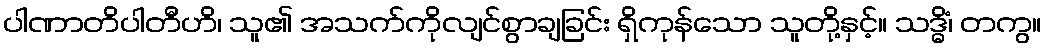
ပါဏာတိပါတီဟိ၊ သူ၏ အသက်ကိုလျင်စွာချခြင်း ရှိကုန်သော သူတို့နှင့်။ သဒ္ဓိံ၊ တကွ။